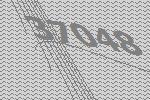
37048